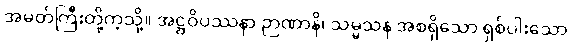
အမတ်ကြီးတို့ကဲ့သို့။ အဋ္ဌဝိပဿနာ ဉာဏာနိ၊ သမ္မသန အစရှိသော ရှစ်ပါးသော